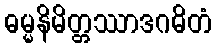
ဓမ္မနိမိတ္တဿာဒဂဓိတံ